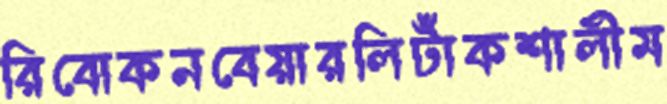
রিবোকনবেয়ারলিটাঁকশালীম